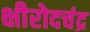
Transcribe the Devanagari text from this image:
क्षीरोदचंद्र